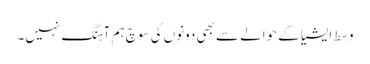
وسط ایشیا کے حوالے سے بھی دونوں کی سوچ ہم آہنگ نہیں۔